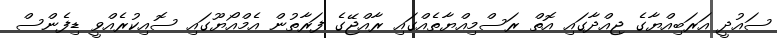
ސައުދީ އަރަބިއްޔާގެ ޖިއްދާގައި އޮތް ރަސްމިއްޔާތެއްގައި ރާއްޖޭގެ ފަރާތުން އެމްއޯޔޫގައި ސޮއިކުރެއްވީ ޑިފެންސް